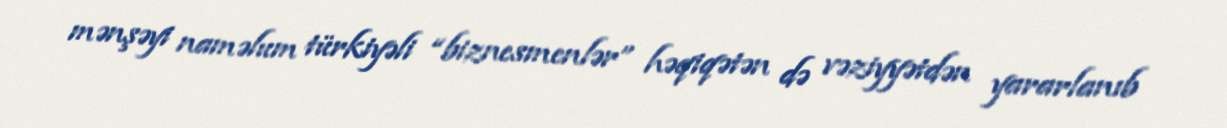
mənşəyi naməlum türkiyəli “biznesmenlər” həqiqətən də vəziyyətdən yararlanıb